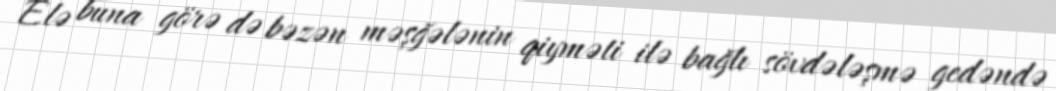
Elə buna görə də bəzən məşğələnin qiyməti ilə bağlı sövdələşmə gedəndə